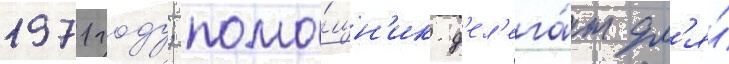
1971 году; помо́щн'ик-д'ел'ега́т дл'я́